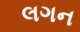
લગન